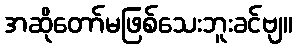
အဆိုတော်မဖြစ်သေးဘူးခင်ဗျ။